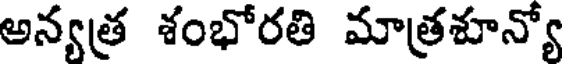
అన్యత్ర శంభోరతి మాత్రశూన్యో